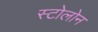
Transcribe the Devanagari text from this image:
स्टोलोन